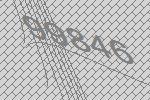
99846